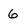
Character: 6